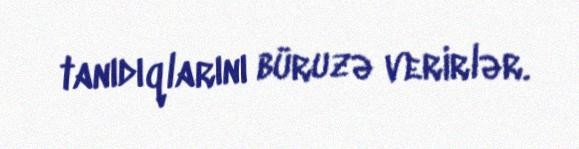
tanıdıqlarını büruzə verirlər.